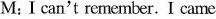
M: I can't remember.I came